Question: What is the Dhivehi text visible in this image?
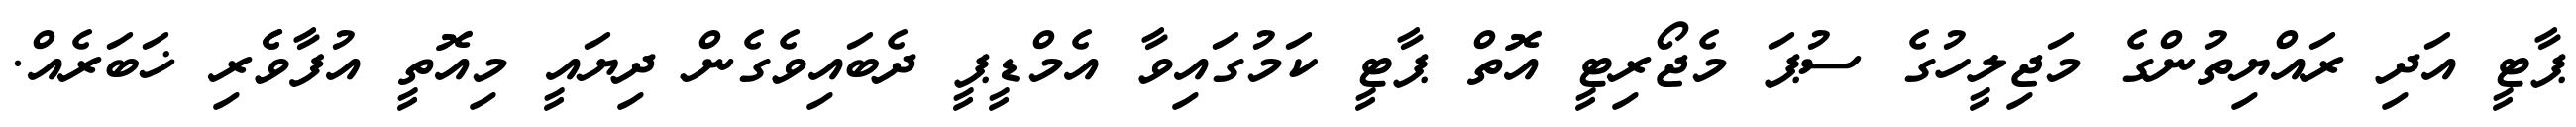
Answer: ޕާޓީ އަދި ރައްޔިތުންގެ މަޖިލީހުގެ ސުޕަ މެޖޯރިޓީ އޮތް ޕާޓީ ކަމުގައިވާ އެމްޑީޕީ ދެބައިވެގެން ދިޔައީ މިއޮތީ އުފާވެެރި ޚަބަރެއް.